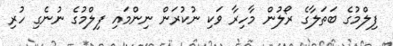
ފިލްމުގެ ބަތަލާގެ ރޯލުން މާހިރާ ވަކި ނުކުރަން ނިންމައި ފިލްމުގެ ނުނެގި ހުރި